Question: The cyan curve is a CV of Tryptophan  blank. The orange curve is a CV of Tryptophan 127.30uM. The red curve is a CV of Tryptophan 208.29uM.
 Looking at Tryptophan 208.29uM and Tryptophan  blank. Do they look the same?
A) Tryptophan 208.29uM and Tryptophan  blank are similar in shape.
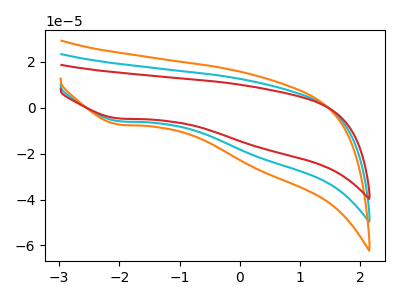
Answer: <think>The cyan curve "Tryptophan  blank" has a cathodic peak at: (-2.00V, -5.85uA). The orange curve "Tryptophan 127.30uM" has a cathodic peak at: (-2.00V, -11.75uA). The red curve "Tryptophan 208.29uM" has a cathodic peak at: (-2.00V, -4.70uA).
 All the peaks in "Tryptophan 208.29uM" have a peak in "Tryptophan  blank" at the same potential. Every peak in "Tryptophan 208.29uM" is lower than every peak in "Tryptophan  blank".</think>
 <answer>A) "Tryptophan 208.29uM" and "Tryptophan  blank" are similar in shape.</answer>
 <eval>A</eval>